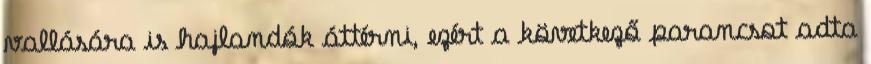
vallására is hajlandók áttérni, ezért a következő parancsot adta